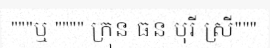
"""ឬ """" ក្រុន ធន បុរី ស្រី"""